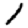
Digit: 1